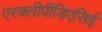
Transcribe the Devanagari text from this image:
एस्क्लीपीडिएसिई